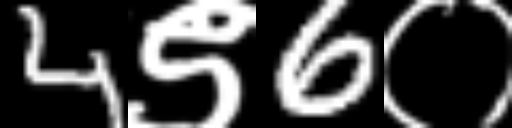
Text: 4९6०